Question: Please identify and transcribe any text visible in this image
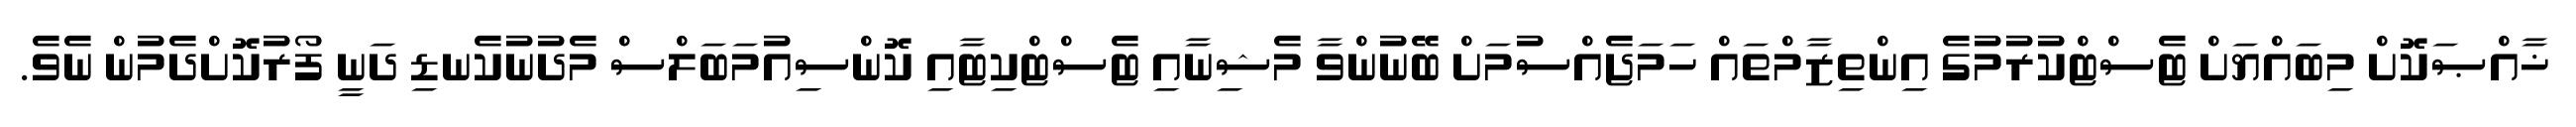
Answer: ޚާއްޞަކޮށް މިބައްޔަށް ޓެސްޓްކުރުމުގެ އިންތިޒާމްތައް ހަމަޖެއްސުމަށް ބޭނުންވާ މެޝިނާއި ޓެސްޓްކިޓާއި ކޮންސިއުމަބަލްސް މެދުނުކެނޑި ދަނީ ފޯރުކޮށްދެމުން ނެވެ.